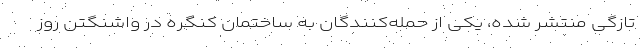
تازگی منتشر شده، یکی از حمله‌کنندگان به ساختمان کنگره در واشنگتن روز